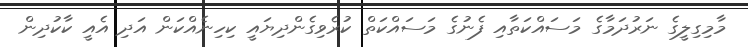
މާމިގިލީގެ ނަރުދަމާގެ މަސައްކަތާއި ފެނުގެ މަސައްކަތް ކުރެވިގެންދިޔައީ ކިހިނެއްކަން އަދި އެއީ ކާކުދިން